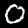
Digit: 0